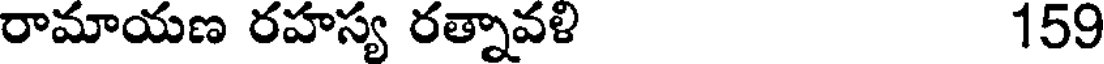
రామాయణ రహస్య రత్నావళి 159